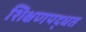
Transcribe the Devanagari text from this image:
शिक्षणपद्धत